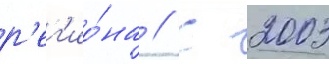
р'ег'ио́на // С 2003